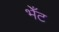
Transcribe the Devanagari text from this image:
भेँट